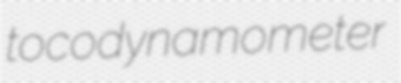
tocodynamometer